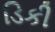
ડિકી